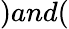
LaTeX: )and(